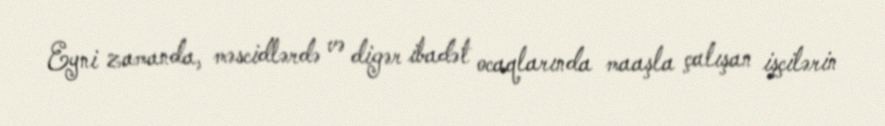
Eyni zamanda, məscidlərdə və digər ibadət ocaqlarında maaşla çalışan işçilərin